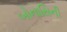
બોનાસિની